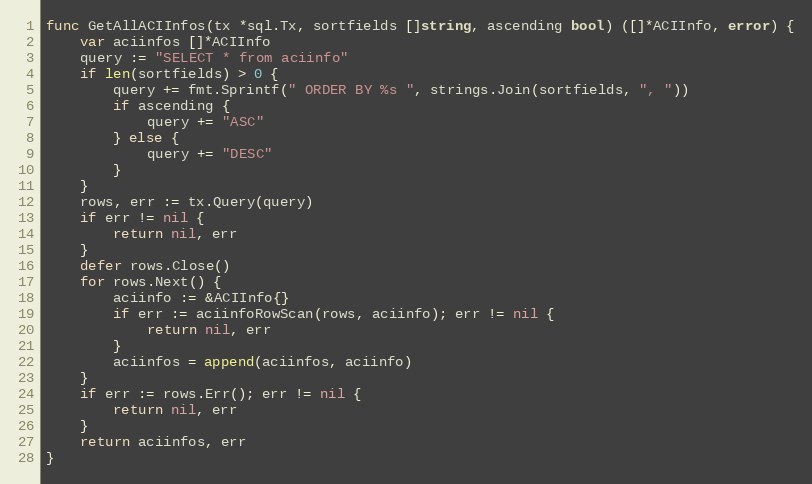
Language: Go
func GetAllACIInfos(tx *sql.Tx, sortfields []string, ascending bool) ([]*ACIInfo, error) {
	var aciinfos []*ACIInfo
	query := "SELECT * from aciinfo"
	if len(sortfields) > 0 {
		query += fmt.Sprintf(" ORDER BY %s ", strings.Join(sortfields, ", "))
		if ascending {
			query += "ASC"
		} else {
			query += "DESC"
		}
	}
	rows, err := tx.Query(query)
	if err != nil {
		return nil, err
	}
	defer rows.Close()
	for rows.Next() {
		aciinfo := &ACIInfo{}
		if err := aciinfoRowScan(rows, aciinfo); err != nil {
			return nil, err
		}
		aciinfos = append(aciinfos, aciinfo)
	}
	if err := rows.Err(); err != nil {
		return nil, err
	}
	return aciinfos, err
}